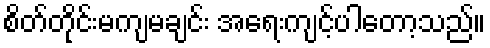
စိတ်တိုင်းမကျမချင်း အရေးကျင့်ပါတော့သည်။